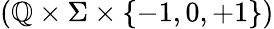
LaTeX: \left(\mathbb{Q}\times\Sigma\times\{ -1,0,+1\} \right)